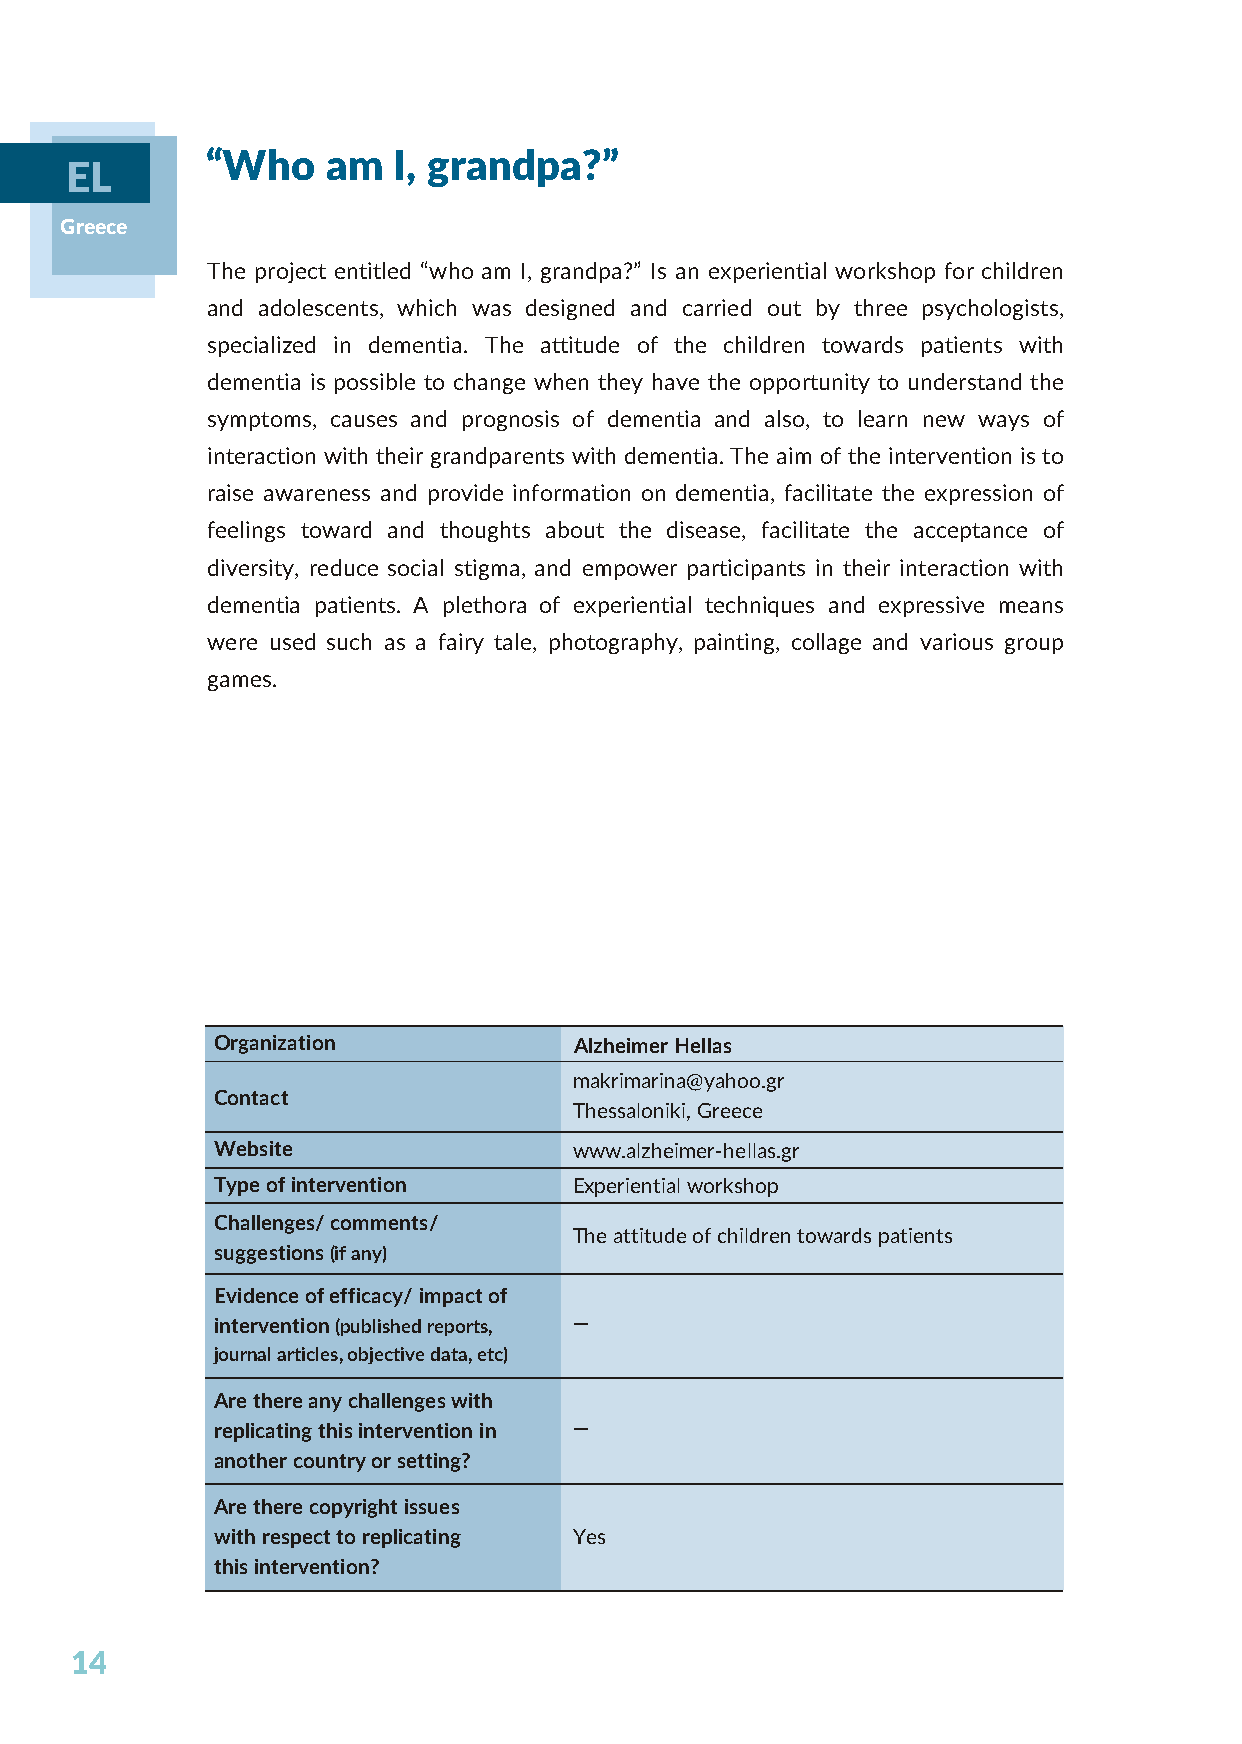
“Who    am  I, grandpa?”
 EL
 Greece
 The project entitled “who am I, grandpa?” Is an experiential workshop for children
 and adolescents, which was designed and carried out by three psychologists,
 specialized in dementia. The attitude of the children towards patients with
 dementia is possible to change when they have the opportunity to understand the
 symptoms, causes and prognosis of dementia and also, to learn new ways of
 interaction with their grandparents with dementia. The aim of the intervention is to
 raise awareness and provide information on dementia, facilitate the expression of
 feelings toward and thoughts about the disease, facilitate the acceptance of
 diversity, reduce social stigma, and empower participants in their interaction with
 dementia patients. A plethora of experiential techniques and expressive means
 were used such as a fairy tale, photography, painting, collage and various group
 games.
 Organization            Alzheimer Hellas
 makrimarina@yahoo.gr
 Contact
 Thessaloniki, Greece
 Website                 www.alzheimer-hellas.gr
 Type of intervention    Experiential workshop
 Challenges/ comments/
 The attitude of children towards patients
 suggestions (if any)
 Evidence of efficacy/ impact of
 intervention (published reports, —
 journal articles, objective data, etc)
 Are there any challenges with
 replicating this intervention in —
 another country or setting?
 Are there copyright issues
 with respect to replicating Yes
 this intervention?
 14